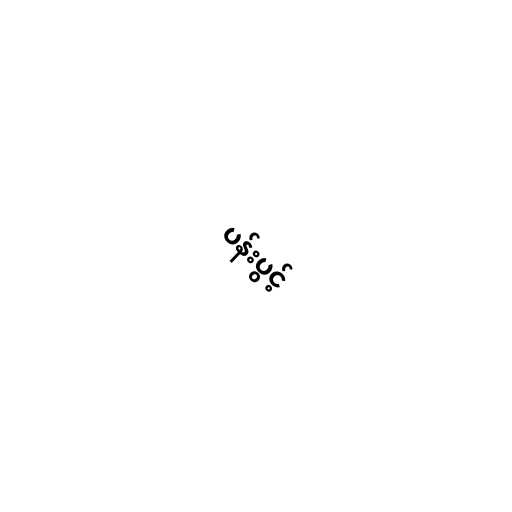
ပန်းပွင့်